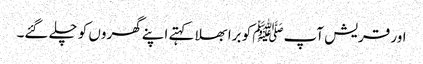
اور قریش آپﷺ کو برا بھلا کہتے اپنے گھروں کو چلے گئے۔